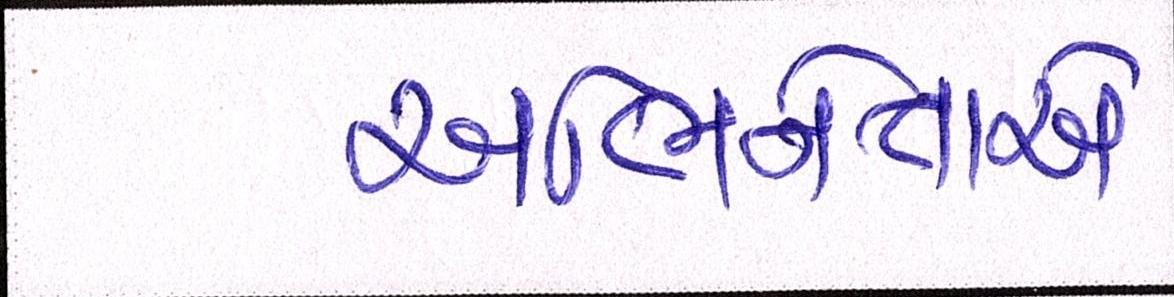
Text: અભિનેતાએ